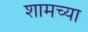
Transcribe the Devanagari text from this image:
शामच्या